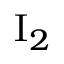
\mathrm { I } _ { 2 }